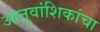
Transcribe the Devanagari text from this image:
आनुवांशिकांचा